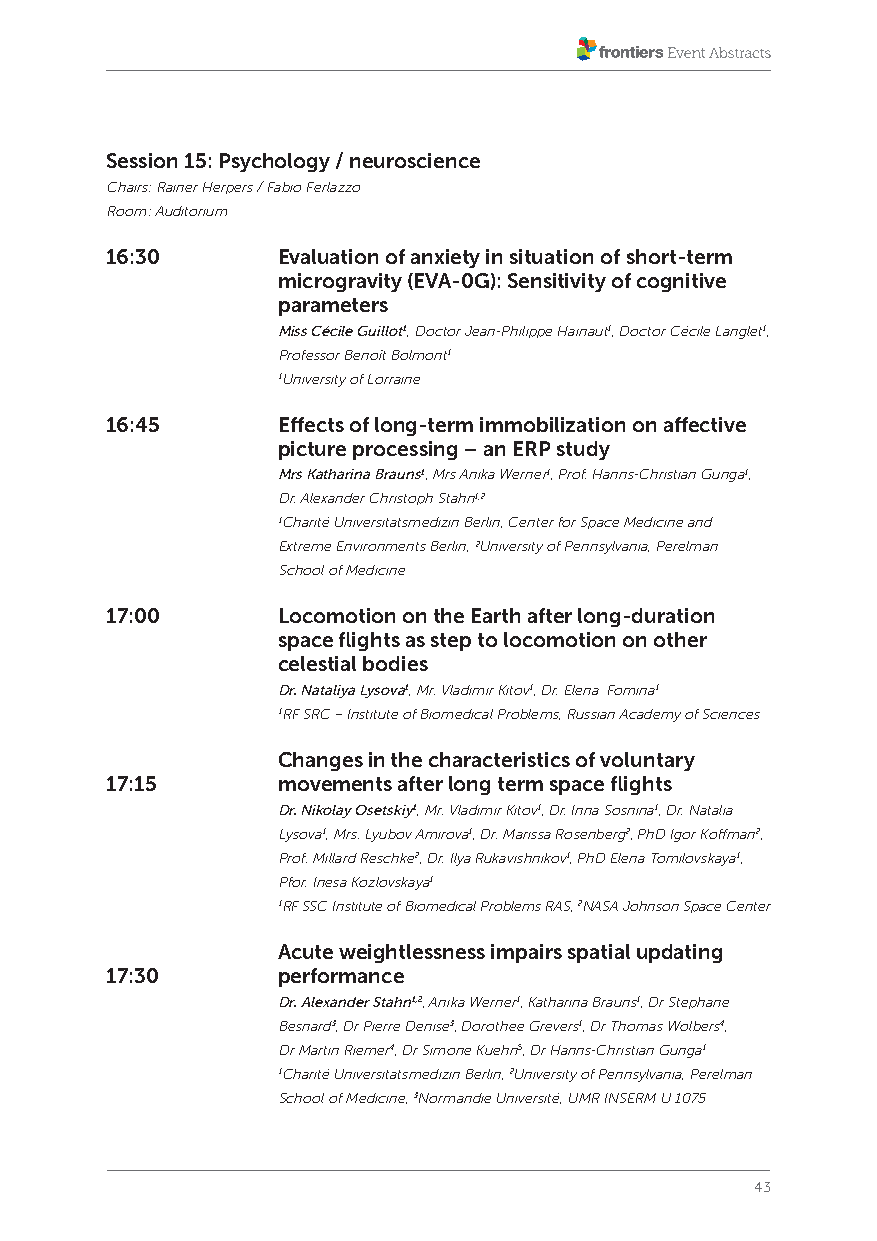
Session 15: Psychology / neuroscience
 Chairs: Rainer Herpers / Fabio Ferlazzo
 Room: Auditorium
 16:30      Evaluation of anxiety in situation of short-term
 microgravity (EVA-0G): Sensitivity of cognitive
 parameters
 Miss Cécile Guillot1, Doctor Jean-Philippe Hainaut1, Doctor Cécile Langlet1,
 Professor Benoît Bolmont1
 1University of Lorraine
 16:45      Effects of long-term immobilization on affective
 picture processing – an ERP study
 Mrs Katharina Brauns1, Mrs Anika Werner1, Prof. Hanns-Christian Gunga1,
 Dr. Alexander Christoph Stahn1,2
 1Charité Universitätsmedizin Berlin, Center for Space Medicine and
 Extreme Environments Berlin, 2University of Pennsylvania, Perelman
 School of Medicine
 17:00      Locomotion on the Earth after long-duration
 space flights as step to locomotion on other
 celestial bodies
 Dr. Nataliya Lysova1, Mr. Vladimir Kitov1, Dr. Elena Fomina1
 1RF SRC – Institute of Biomedical Problems, Russian Academy of Sciences
 Changes in the characteristics of voluntary
 17:15      movements after long term space flights
 Dr. Nikolay Osetskiy1, Mr. Vladimir Kitov1, Dr. Inna Sosnina1, Dr. Natalia
 Lysova1, Mrs. Lyubov Amirova1, Dr. Marissa Rosenberg2, PhD Igor Koffman2,
 Prof. Millard Reschke2, Dr. Ilya Rukavishnikov1, PhD Elena Tomilovskaya1,
 Pfor. Inesa Kozlovskaya1
 1RF SSC Institute of Biomedical Problems RAS, 2NASA Johnson Space Center
 Acute weightlessness impairs spatial updating
 17:30      performance
 Dr. Alexander Stahn1,2, Anika Werner1, Katharina Brauns1, Dr Stephane
 Besnard3, Dr Pierre Denise3, Dorothee Grevers1, Dr Thomas Wolbers4,
 Dr Martin Riemer4, Dr Simone Kuehn5, Dr Hanns-Christian Gunga1
 1Charité Universitätsmedizin Berlin, 2University of Pennsylvania, Perelman
 School of Medicine, 3Normandie Université, UMR INSERM U 1075
 43